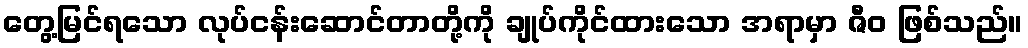
တွေ့မြင်ရသော လုပ်ငန်းဆောင်တာတို့ကို ချုပ်ကိုင်ထားသော အရာမှာ ဇီဝ ဖြစ်သည်။